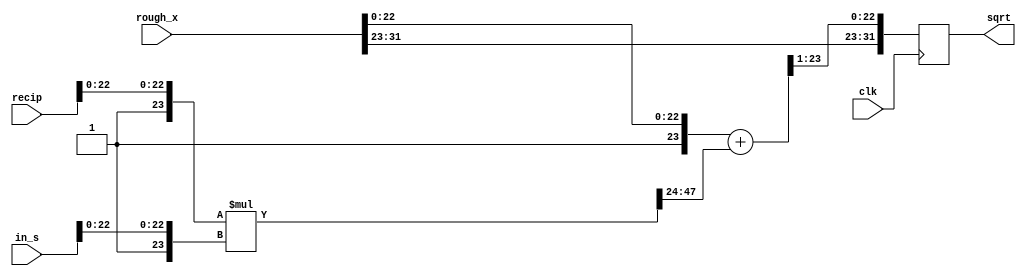
module newthon_vavilon_s_x (
	input clk,
	input [31:0] recip,
	input [31:0] in_s,
	input [31:0] rough_x,
	output reg [31:0] sqrt
	);
	
	wire [47:0] mult_s_recip;
	wire [23:0] add_rough;	
	
	wire [23:0] in_s_mantissa;
	assign in_s_mantissa = {1'b1, in_s[22:0]}; 
	
	wire [23:0] rough_x_mantissa;
	assign rough_x_mantissa = {1'b1, rough_x[22:0]}; 
	
	wire [23:0] recip_mantissa;
	assign recip_mantissa = {1'b1, recip[22:0]}; 
	
	
	assign mult_s_recip = recip_mantissa * in_s_mantissa;
	
	assign add_rough = rough_x_mantissa + mult_s_recip[47:24];
	
	
	always @ (posedge clk) begin
	
		sqrt <= {rough_x[31], rough_x[30:23], add_rough[23:1]};
	
	end
	
	
	endmodule